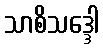
သာစိသဒ္ဒေါ